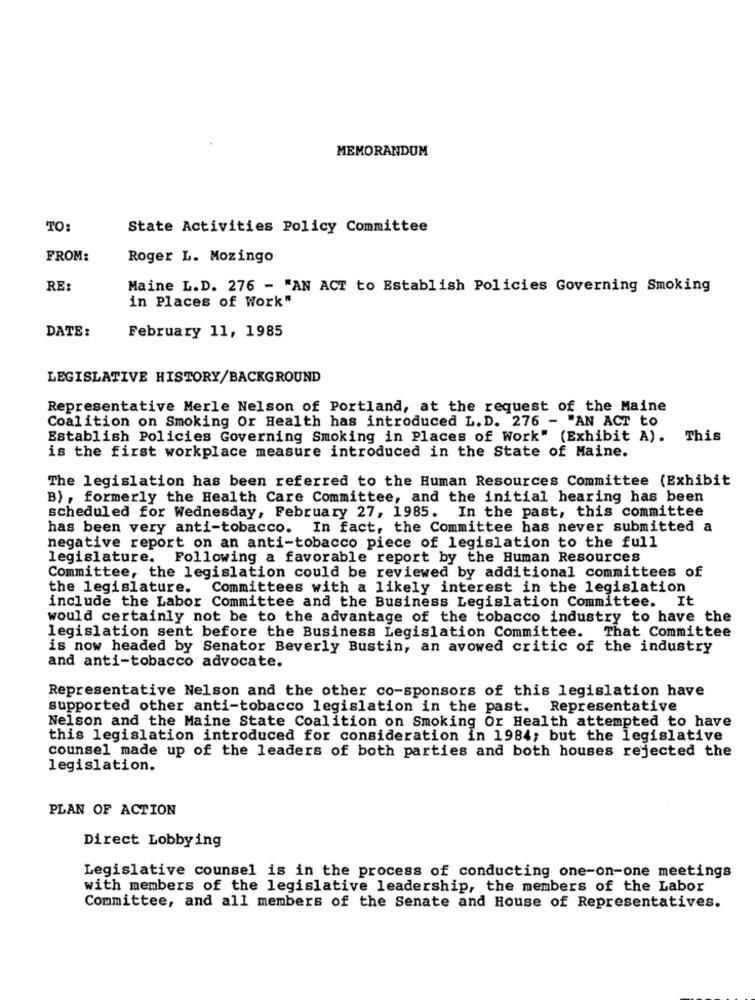
MEMORANDUM
TO:
State Activities Policy Committee
FROM:
Roger L. Mozingo
RE:
Maine L.D. 276 - "AN ACT to Establish Policies Governing Smoking
in Places of Work"
DATE:
February 11, 1985
LEGISLATIVE HISTORY/BACKGROUND
Representative Merle Nelson of Portland, at the request of the Maine
Coalition on Smoking Or Health has introduced L. D. 276 - "AN ACT to
Establish Policies Governing Smoking in Places of Work" (Exhibit A). This
is the first workplace measure introduced in the State of Maine.
The legislation has been referred to the Human Resources Committee (Exhibit
B) , formerly the Health Care Committee, and the initial hearing has been
scheduled for Wednesday, February 27, 1985. In the past, this committee
has been very anti-tobacco. In fact, the Committee has never submitted a
negative report on an anti-tobacco piece of legislation to the full
legislature. Following a favorable report by the Human Resources
Committee, the legislation could be reviewed by additional committees of
the legislature.
Committees with a likely interest in the legislation
include the Labor Committee and the Business Legislation Committee. It
would certainly not be to the advantage of the tobacco industry to have the
legislation sent before the Business Legislation Committee.
That Committee
is now headed by Senator Beverly Bustin, an avowed critic of the industry
and anti-tobacco advocate.
Representative Nelson and the other co-sponsors of this legislation have
supported other anti-tobacco legislation in the past. Representative
Nelson and the Maine State Coalition on Smoking Or Health attempted to have
this legislation introduced for consideration in 1984; but the legislative
counsel made up of the leaders of both parties and both houses rejected the
legislation.
PLAN OF ACTION
Direct Lobbying
Legislative counsel is in the process of conducting one-on-one meetings
with members of the legislative leadership, the members of the Labor
Committee, and all members of the Senate and House of Representatives.